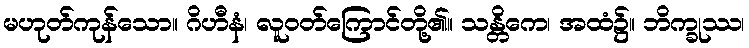
မဟုတ်ကုန်သော။ ဂိဟီနံ၊ လူဝတ်ကြောင်တို့၏။ သန္တိကေ၊ အထံ၌။ ဘိက္ခုဿ၊